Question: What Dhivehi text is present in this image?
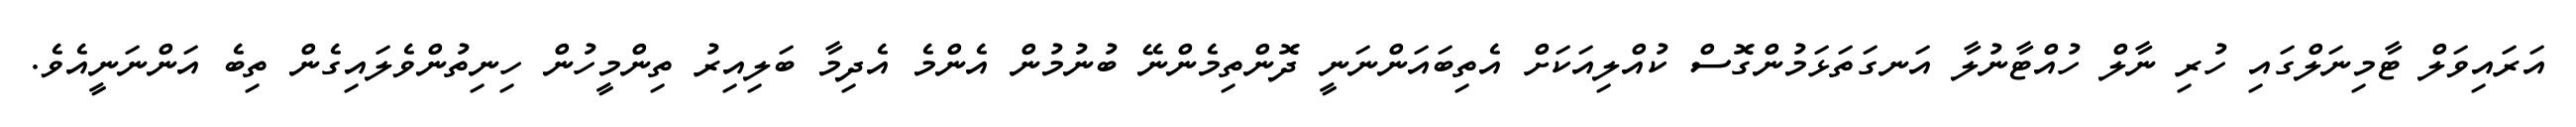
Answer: އަރައިވަލް ޓާމިނަލްގައި ހުރި ނާލް ހުއްޓާނުލާ އަނގަތަޅަމުންގޮސް ކުއްލިއަކަށް އެތިބައަންނަނީ ދޮންތިމެންނޭ ބުނުމުން އެންމެ އެދިމާ ބަލިއިރު ތިންމީހުން ހިނިތުންވެލައިގެން ތިބެ އަންނަނީއެވެ.